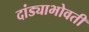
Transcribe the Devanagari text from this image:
दांड्याभोवती